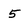
Character: 5